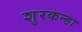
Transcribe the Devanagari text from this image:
शुरकन्डा